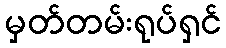
မှတ်တမ်းရုပ်ရှင်